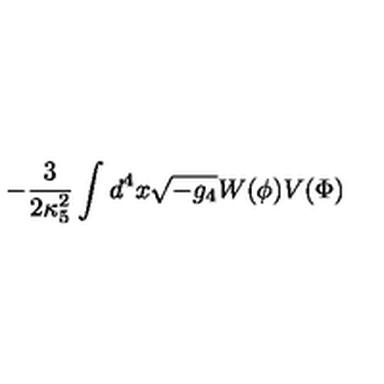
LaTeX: - \frac { 3 } { 2 \kappa _ { 5 } ^ { 2 } } \int d ^ { 4 } x \sqrt { - g _ { 4 } } W ( \phi ) V ( \Phi )